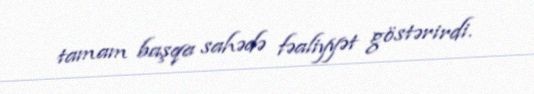
tamam başqa sahədə fəaliyyət göstərirdi.